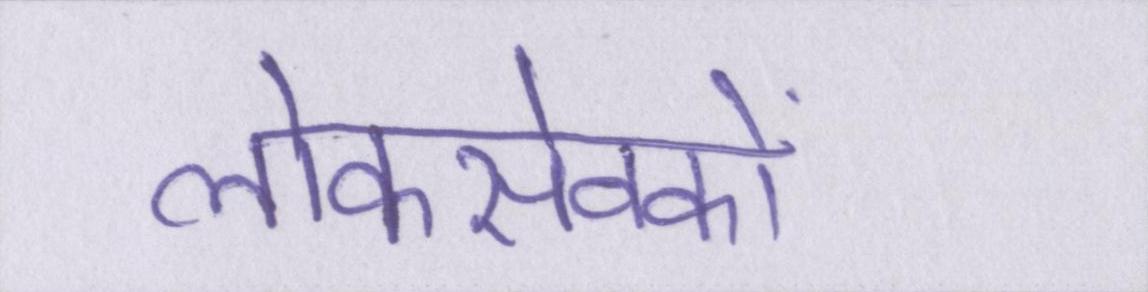
लोकसेवकों